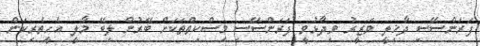
ފަރަންސޭސި ދާޚިލީ ވަޒީރު ވިދާޅުވީ ފަރަންސޭސި މިސްކިތްތަކަށް ބޭރުން ލިބޭ މާލީ އެހީތެރިކަން